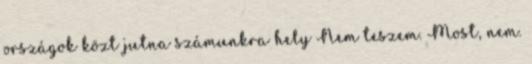
országok közt jutna számunkra hely Nem teszem. Most, nem.